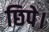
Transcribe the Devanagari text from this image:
छिपे।